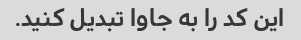
این کد را به جاوا تبدیل کنید.